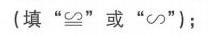
（填“\(\cong\)”或“\(\infty\)”）;